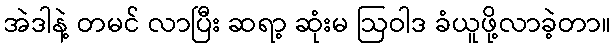
အဲဒါနဲ့ တမင် လာပြီး ဆရာ့ ဆုံးမ ဩဝါဒ ခံယူဖို့လာခဲ့တာ။